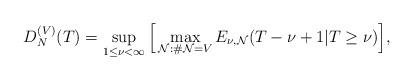
LaTeX: \begin{align*}D_{N}^{(V)}(T) = \sup_{1 \leq \nu < \infty} \Big[\max_{\mathcal{N}:\# \mathcal{N}=V } E_{\nu, \mathcal{N}}(T-\nu+1|T \geq \nu) \Big],\end{align*}